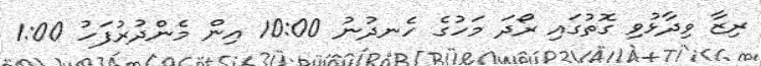
ރިޒާ ވިދާޅުވި ގޮތުގައި ރޯދަ މަހުގެ ހެނދުނު 10:00 އިން މެންދުރުފަހު 1:00